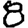
Digit: 8